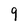
Character: 9